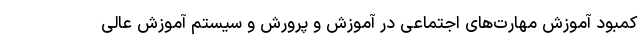
کمبود آموزش‌ مهارت‌های اجتماعی در آموزش و پرورش و سیستم آموزش عالی